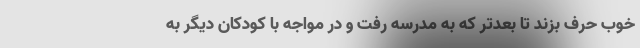
خوب حرف بزند تا بعدتر که به مدرسه رفت و در مواجه با کودکان دیگر به